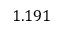
1 . 1 9 1